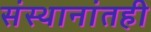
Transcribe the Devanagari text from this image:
संस्थानांतही